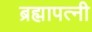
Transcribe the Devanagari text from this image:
ब्रह्मापत्नी